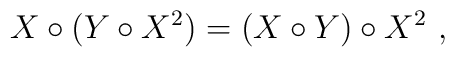
X\circ (Y \circ X^2)= (X\circ Y) \circ X^2 \ ,